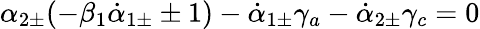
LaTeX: \alpha_{2\pm}(-\beta_{1}\dot{\alpha}_{1\pm}\pm 1)-\dot{\alpha}_{1\pm}\gamma_{a}-\dot{\alpha}_{2\pm}\gamma_{c}=0